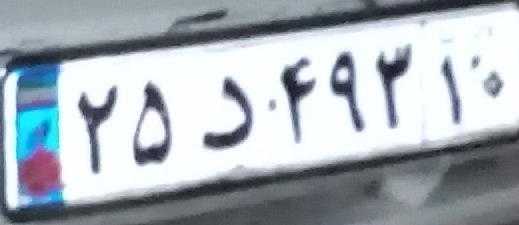
۲۵د۴۹۳۱۰